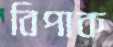
বিপাক